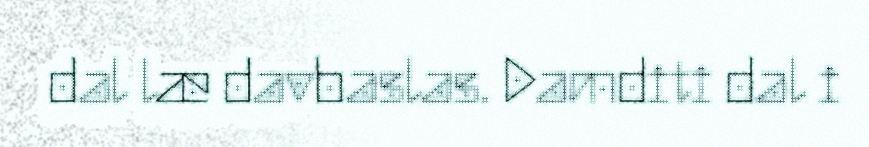
dal læ davbaslas. Damditi dal i